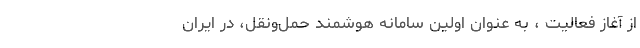
از آغاز فعالیت ، به عنوان اولین سامانه هوشمند حمل‌ونقل، در ایران